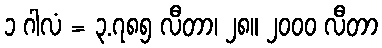
၁ ဂါလံ = ၃.၇၈၅ လီတာ၊ ၂၈။ ၂၀၀၀ လီတာ